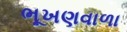
ભૂખણવાળા